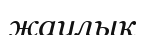
жаулық